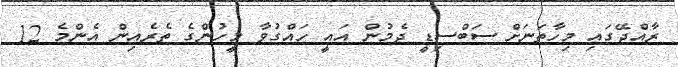
ރާއްޖޭގައި މިހާތަނަށް ސަބްސިޑީ ދެމުން އައީ ހައްގުވާ މީހުންގެ ތެރެއިން އެންމެ 12